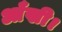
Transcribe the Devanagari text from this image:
आँखी।